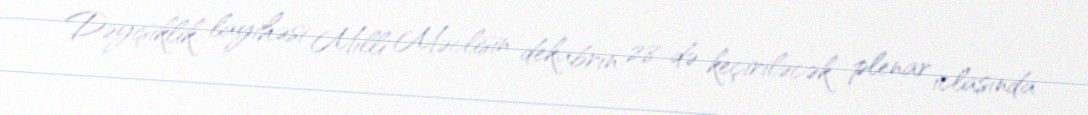
Dəyişiklik layihəsi Milli Məclisin dekabrın 28-də keçiriləcək plenar iclasında